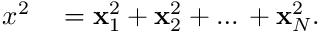
\begin{array} { r l } { x ^ { 2 } } & { { } = \mathbf { x } _ { 1 } ^ { 2 } + \mathbf { x } _ { 2 } ^ { 2 } + \ldots { } + \mathbf { x } _ { N } ^ { 2 } . } \end{array}